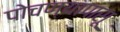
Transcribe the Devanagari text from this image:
पोचण्यापासू